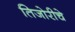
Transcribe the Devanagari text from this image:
तिजोरीचे